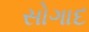
સોગાદ